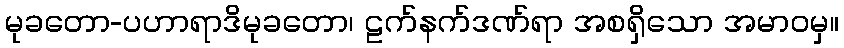
မုခတော-ပဟာရာဒိမုခတော၊ ဠက်နက်ဒဏ်ရာ အစရှိသော အမာဝမှ။